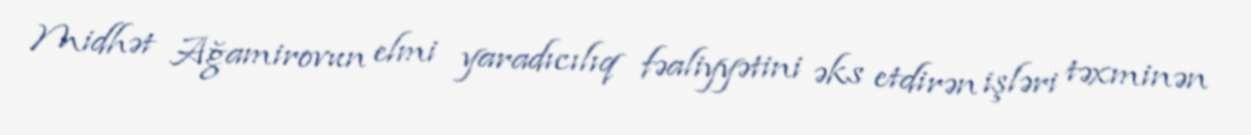
Midhət Ağamirovun elmi yaradıcılıq fəaliyyətini əks etdirən işləri təxminən